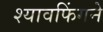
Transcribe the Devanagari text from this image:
श्यावफिंगने